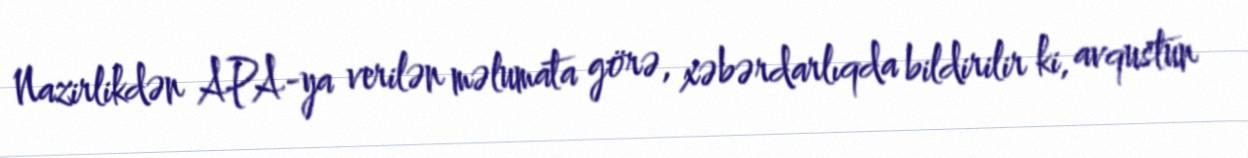
Nazirlikdən APA-ya verilən məlumata görə, xəbərdarlıqda bildirilir ki, avqustun